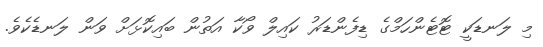
މި ލަނޑަކީ ޓޮޓެންހަމްގެ ޑިފެންޑަރު ކައިލް ވޯކާ އަތުން ބައިކޮޅަށް ވަން ލަނޑެކެވެ.